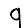
Digit: 9